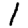
Digit: 1